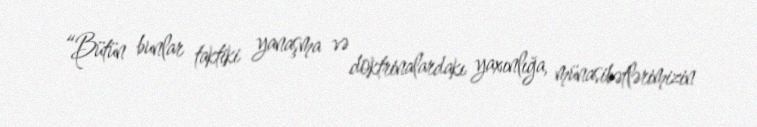
“Bütün bunlar taktiki yanaşma və doktrinalardakı yaxınlığa, münasibətlərimizin